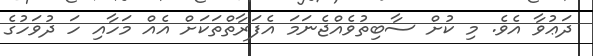
ދަޢުވާ އެވެ. މި ކުށް ސާބިތުވެއްޖެނަމަ އެފަރާތްތަކަށް އެއް މަހާއި ހަ ދުވަހުގެ